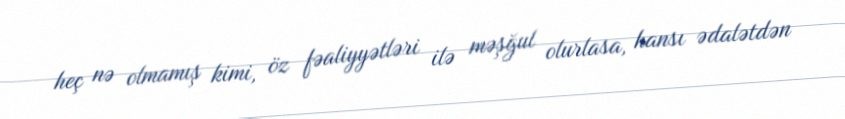
heç nə olmamış kimi, öz fəaliyyətləri ilə məşğul olurlasa, hansı ədalətdən